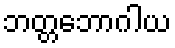
ဘတ္တဘောဂါယ